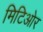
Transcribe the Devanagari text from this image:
मिटिओर